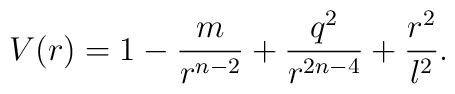
V(r) = 1 - \frac{m}{r^{n-2}} + \frac{q^2}{r^{2n-4}} + \frac{r^2}{l^2}.